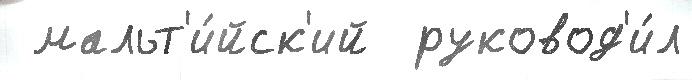
 мальт'и́йск'ий  руковод'и́л